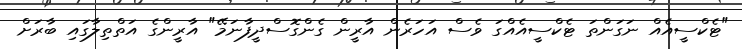
"ޓެކްސީއެއް ނަގަންތަ ޓެކްސީއެއްގަ ވެސް އަހަރެން އާރީން ގެންގޮސްދީފާނަމޭ" އާރީންގެ އަތްތިލާގައި ބާރަށް